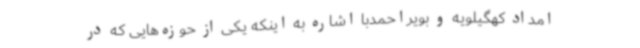
امداد کهگیلویه و بویراحمدبا اشاره به اینکه یکی از حوزه‌هایی که در